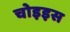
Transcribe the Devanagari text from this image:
चोइइस